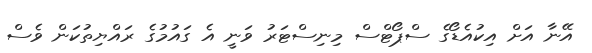
އޭނާ އަށް އިކުއެޑޯގެ ސްޕޯޓްސް މިނިސްޓަރު ވަނީ އެ ގައުމުގެ ރައްޔިތުކަން ވެސް